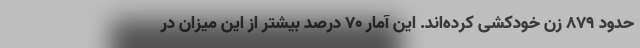
حدود 879 زن خودکشی کرده‌اند. این آمار 70 درصد بیشتر از این میزان در